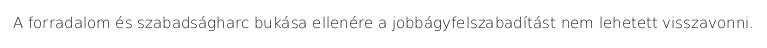
A forradalom és szabadságharc bukása ellenére a jobbágyfelszabadítást nem lehetett visszavonni.